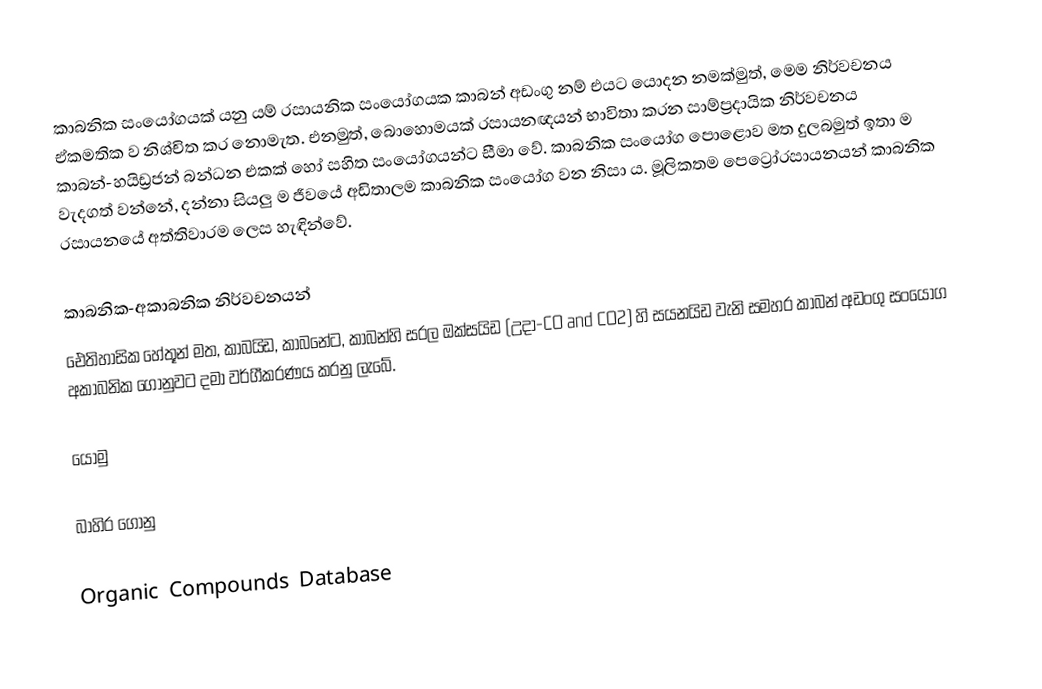
කාබනික සංයෝගයක් යනු යම් රසායනික සංයෝගයක කාබන් අඩංගු නම් එයට යොදන නමක්මුත්,  මෙම නිර්වචනය ඒකමතික ව නිශ්චිත කර නොමැත. එනමුත්, බොහොමයක් රසායනඥයන් භාවිතා කරන සාම්ප්‍රදායික නිර්වචනය කාබන්-හයිඩ්‍රජන් බන්ධන එකක් හෝ සහිත සංයෝගයන්ට සීමා වේ. කාබනික සංයෝග පොළොව මත දුලබමුත් ඉතා ම වැදගත් වන්නේ, දන්නා සියලු ම ජීවයේ අඩිතාලම කාබනික සංයෝග වන නිසා ය. මූලිකතම පෙට්‍රෝරසායනයන් කාබනික රසායනයේ අත්තිවාරම ලෙස හැඳින්වේ.

කාබනික-අකාබනික නිර්වචනයන්
ඓතිහාසික හේතූන් මත, කාබයිඩ, කාබනේට, කාබන්හි සරල ඔක්සයිඩ (උදා-CO and CO2) හි සයනයිඩ වැනි සමහර කාබන් අඩංගු සංයෝග අකාබනික ගොනුවට දමා වර්ගීකරණය කරනු ලැබේ.

යොමු

බාහිර ගොනු

 Organic Compounds Database